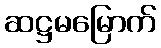
ဆဋ္ဌမမြောက်